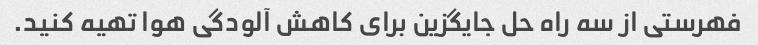
فهرستی از سه راه حل جایگزین برای کاهش آلودگی هوا تهیه کنید.